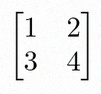
\begin{bmatrix}1&2\\3&4\end{bmatrix}